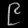
Digit: ၉